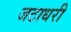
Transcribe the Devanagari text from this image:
जटाधरी